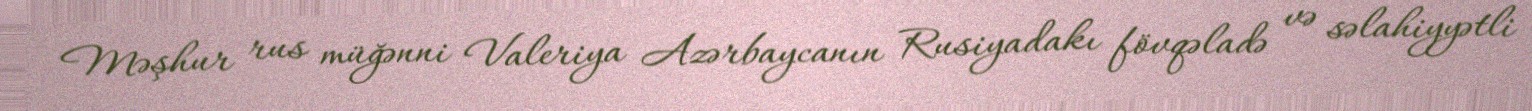
Məşhur rus müğənni Valeriya Azərbaycanın Rusiyadakı fövqəladə və səlahiyyətli